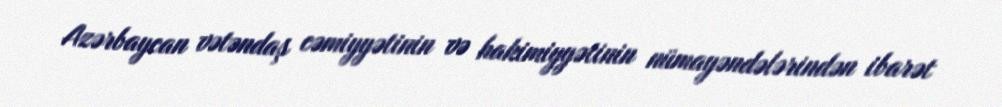
Azərbaycan vətəndaş cəmiyyətinin və hakimiyyətinin nümayəndələrindən ibarət